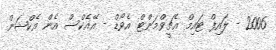
2006 - ލައިފް ޓައިމް އެޗީވްމަންޓް އެވޯޑް - އޭއެކްސް އެން އެކްޝަން